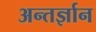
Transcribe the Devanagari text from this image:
अन्तर्ज्ञान